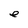
Character: e